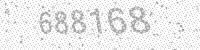
Solution: 688168